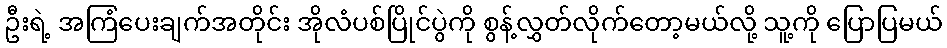
ဦးရဲ့ အကြံပေးချက်အတိုင်း အိုလံပစ်ပြိုင်ပွဲကို စွန့်လွှတ်လိုက်တော့မယ်လို့ သူ့ကို ပြောပြမယ်